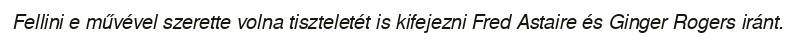
Fellini e művével szerette volna tiszteletét is kifejezni Fred Astaire és Ginger Rogers iránt.